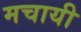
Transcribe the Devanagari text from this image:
मचायी